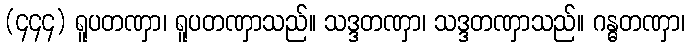
(၄၄၄) ရူပတဏှာ၊ ရူပတဏှာသည်။ သဒ္ဒတဏှာ၊ သဒ္ဒတဏှာသည်။ ဂန္ဓတဏှာ၊